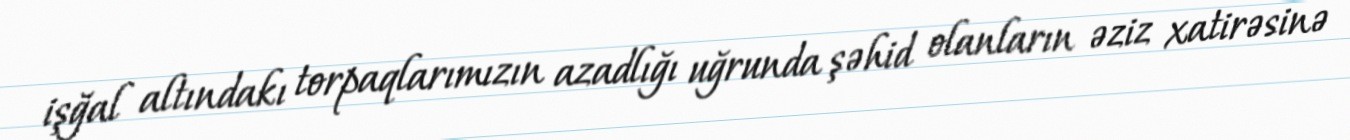
işğal altındakı torpaqlarımızın azadlığı uğrunda şəhid olanların əziz xatirəsinə